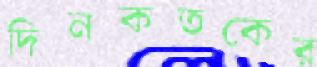
দিনকতকের